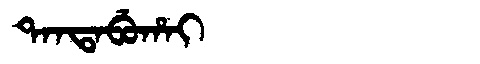
Manchu: ᡨᠠᠨᡨᠠᠪᡠᡥᠠᡳ
Romanization: TANTABUHAI